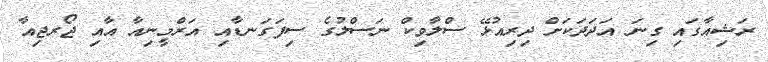
ރަޝިއާގައި ގިނަ އަދަދަކަށް ދިރިއުޅޭ ސްލާވިކް ނަސްލުގެ ސިފަގަނޑާއި އަރްމީނިއާ އާއި ޖޯރޖިއާ